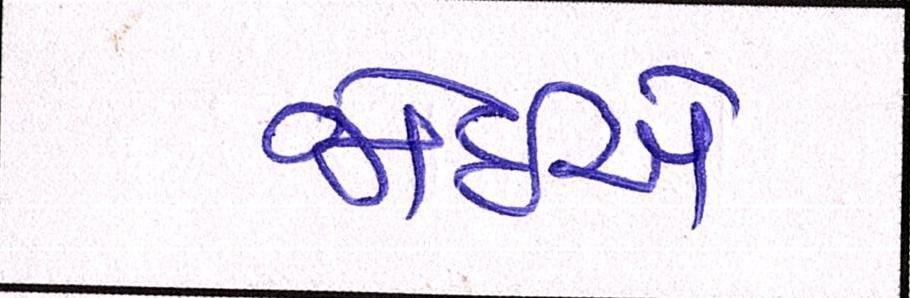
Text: જોઇએ